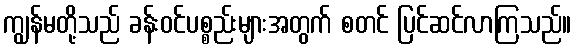
ကျွန်မတို့သည် ခန်းဝင်ပစ္စည်းများအတွက် စတင် ပြင်ဆင်လာကြသည်။